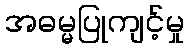
အဓမ္မပြုကျင့်မှု